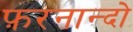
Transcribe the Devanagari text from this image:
फ़रनान्दो